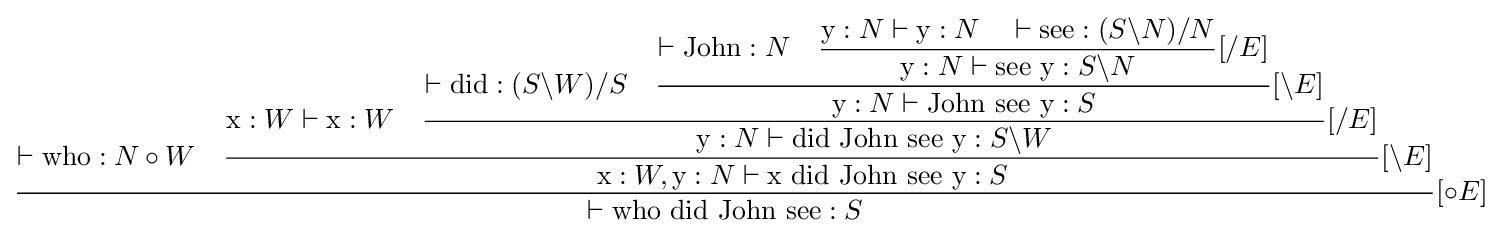
{\dfrac {\vdash {\text{who}}:N\circ W\quad {\dfrac {{\text{x}}:W\vdash {\text{x}}:W\quad {\dfrac {\vdash {\text{did}}:(S\backslash W)/S\quad {\dfrac {\vdash {\text{John}}:N\quad {\dfrac {{\text{y}}:N\vdash {\text{y}}:N\quad \vdash {\text{see}}:(S\backslash N)/N}{{\text{y}}:N\vdash {\text{see y}}:S\backslash N}}[/E]}{{\text{y}}:N\vdash {\text{John see y}}:S}}[\backslash E]}{{\text{y}}:N\vdash {\text{did John see y}}:S\backslash W}}[/E]}{{\text{x}}:W,{\text{y}}:N\vdash {\text{x did John see y}}:S}}[\backslash E]}{\vdash {\text{who did John see}}:S}}[\circ E]